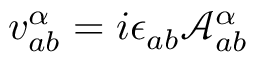
v _ { a b } ^ { \alpha } = i \epsilon _ { a b } \mathcal { A } _ { a b } ^ { \alpha }